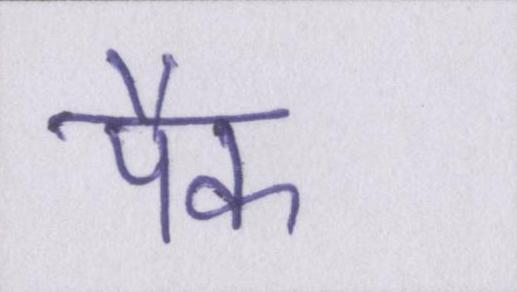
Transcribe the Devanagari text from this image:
पैक